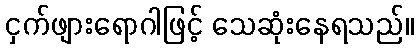
ငှက်ဖျားရောဂါဖြင့် သေဆုံးနေရသည်။